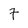
Character: 7